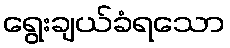
ရွေးချယ်ခံရသော